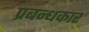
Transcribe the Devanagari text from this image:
प्रबन्धकार